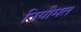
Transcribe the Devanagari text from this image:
नियीमत